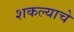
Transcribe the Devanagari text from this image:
शकल्याचे